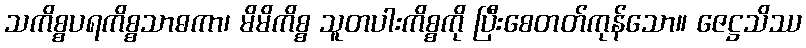
သကိစ္စပရကိစ္စသာဓကာ၊ မိမိကိစ္စ သူတပါးကိစ္စကို ပြီးစေတတ်ကုန်သော။ ဇေဋ္ဌသိဿ